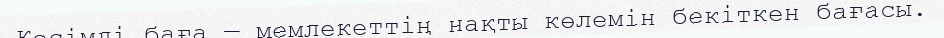
Кесімді баға — мемлекеттің нақты көлемін бекіткен бағасы.